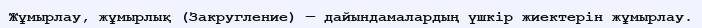
Жұмырлау, жұмырлық (Закругление) — дайындамалардың үшкір жиектерін жұмырлау.